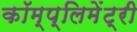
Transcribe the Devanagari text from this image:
कॉम्‍प्‍लिमेंट्री